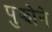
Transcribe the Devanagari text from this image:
पुझोने